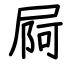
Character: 屙